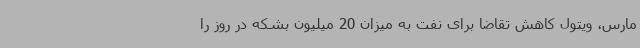
مارس، ویتول کاهش تقاضا برای نفت به میزان 20 میلیون بشکه در روز را